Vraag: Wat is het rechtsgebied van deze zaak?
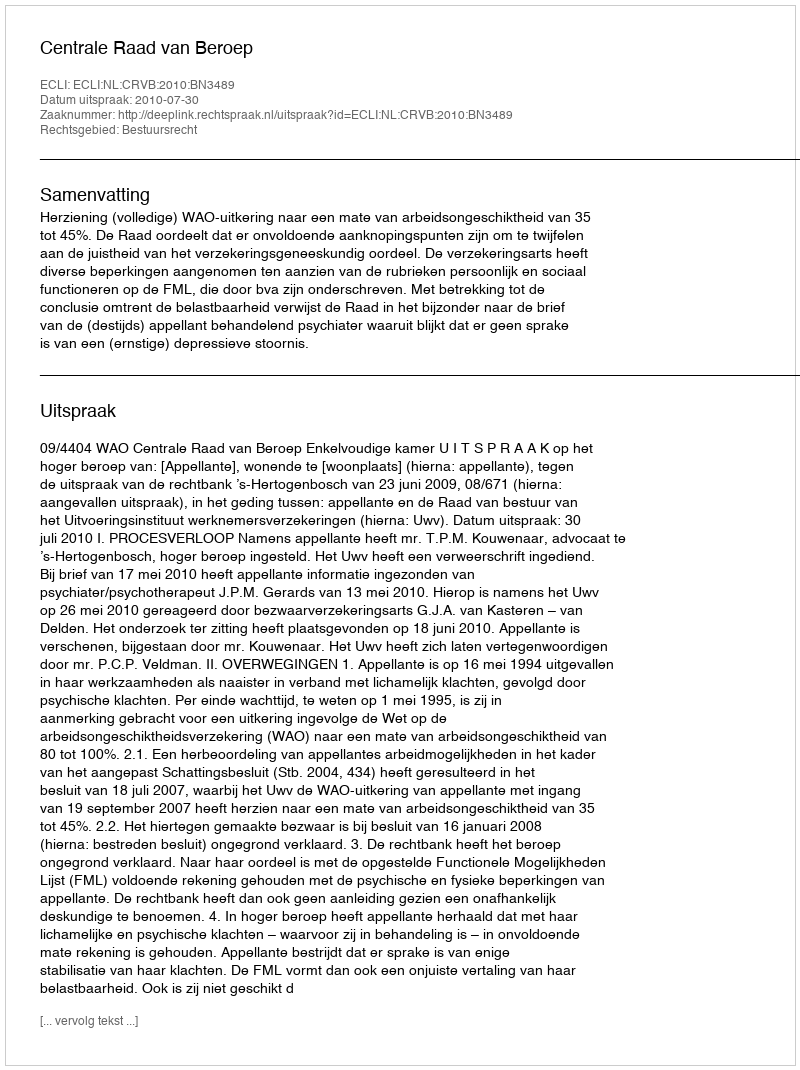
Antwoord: Bestuursrecht